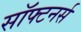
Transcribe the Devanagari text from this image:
सॉफ्टनर्स